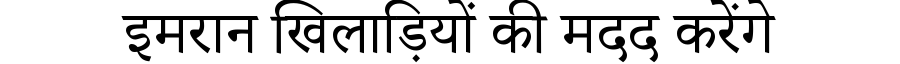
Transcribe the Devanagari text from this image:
इमरान खिलाड़ियों की मदद करेंगे